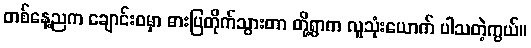
တစ်နေ့ညက ချောင်းဝမှာ ဓားပြတိုက်သွားတာ တို့ရွာက လူသုံးယောက် ပါသတဲ့ကွယ်။